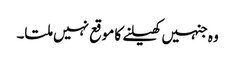
وہ جنہیں کھیلنے کا موقع نہیں ملتا۔